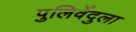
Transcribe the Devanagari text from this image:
पुलिवेंदुला